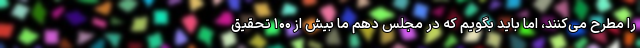
را مطرح می‌کنند، اما باید بگویم که در مجلس دهم ما بیش از ۱۰۰ تحقیق